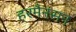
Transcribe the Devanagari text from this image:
हरमैनसन